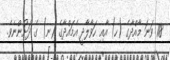
118 ވަނަ މާއްދާގެ (ހ) އާއި ހަވާލާދީ އެމައްދާގެ (ނ) ގެ ދަށުންނެވެ.